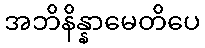
အဘိနိန္နာမေတိပေ